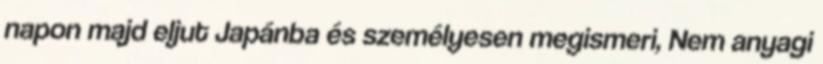
napon majd eljut Japánba és személyesen megismeri, Nem anyagi